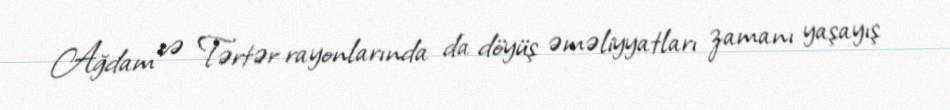
Ağdam və Tərtər rayonlarında da döyüş əməliyyatları zamanı yaşayış